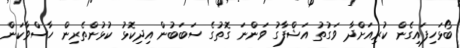
ބޯޅަހިފައިގެން ކުރިއަށްދާ ވަގުތު އަޝްފާގު ވަންނަ ގޮތުގެ ސަބަބުން އިދިކޮޅު ކުޅުންތެރިން ހާސްވާކަން